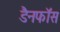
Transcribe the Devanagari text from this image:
डैनफॉस